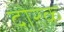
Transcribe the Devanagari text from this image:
दोरक